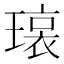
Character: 𬎊